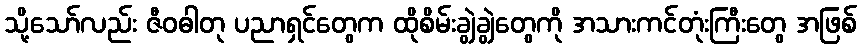
သို့သော်လည်း ဇီဝဓါတု ပညာရှင်တွေက ထိုစိမ်းချွဲချွဲတွေကို အသားကင်တုံးကြီးတွေ အဖြစ်